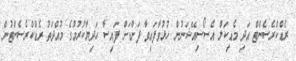
ރެޑްކްރެސެންޓް އަދި މެޑިކަލް އެސޯސިއޭޝަނުން ހުޅުވާފައިވާ ފަންޑަށް ފައިސާ ހަދިޔާކުރުމުގެ މުއްދަތު ރެޑްކްރެސެންޓުން